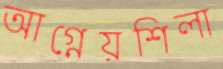
আগ্নেয়শিলা